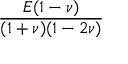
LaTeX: \frac { E ( 1 - \nu ) } { ( 1 + \nu ) ( 1 - 2 \nu ) }